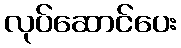
လုပ်ဆောင်ပေး